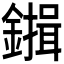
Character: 𮣇